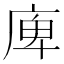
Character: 庳